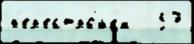
п'ер'естро́йк'и   57